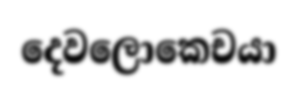
දෙවලොකෙචයා